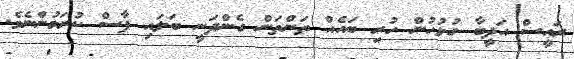
ރައީސް އަދީބާ ގުޅުހުން ހުރި ބައެއް ތަންތަން ގެންދަނީ ބަލައި ފާސް ކުރަމުންނެވެ.